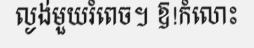
ល្ងង់មួយរំពេច។ ឱ!កំលោះ